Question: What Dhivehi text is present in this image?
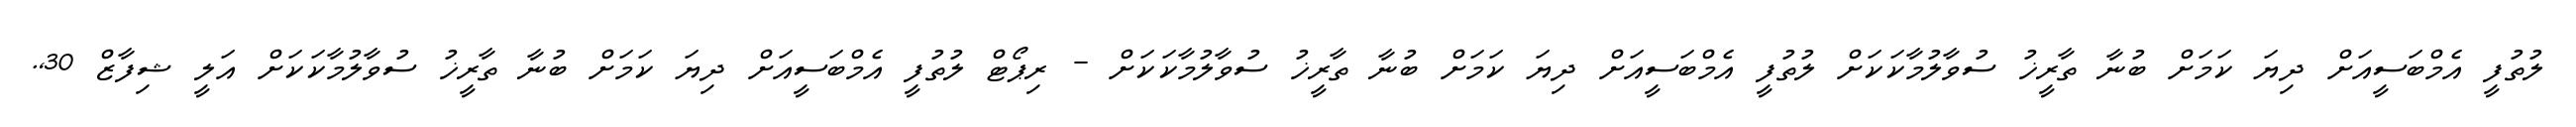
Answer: ލުތުފީ އެމްބަސީއަށް ދިޔަ ކަމަށް ބުނާ ތާރީޚު ސުވާލުމާކަކަށް ލުތުފީ އެމްބަސީއަށް ދިޔަ ކަމަށް ބުނާ ތާރީޚު ސުވާލުމާކަކަށް - ރިޕޯޓް ލުތުފީ އެމްބަސީއަށް ދިޔަ ކަމަށް ބުނާ ތާރީޚު ސުވާލުމާކަކަށް އަލީ ޝިފާޒް 30,.